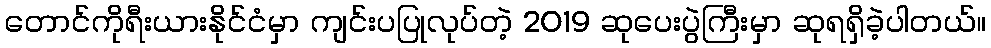
တောင်ကိုရီးယားနိုင်ငံမှာ ကျင်းပပြုလုပ်တဲ့ 2019 ဆုပေးပွဲကြီးမှာ ဆုရရှိခဲ့ပါတယ်။